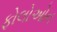
ફોલોઓન